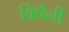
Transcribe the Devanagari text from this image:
बिषैली